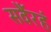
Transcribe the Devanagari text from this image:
सर्वैरहं